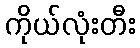
ကိုယ်လုံးတီး